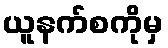
ယူနက်စကိုမှ